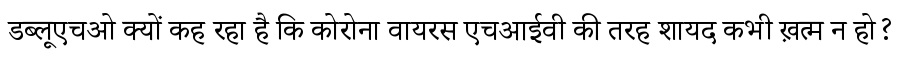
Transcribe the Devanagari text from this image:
डब्लूएचओ क्यों कह रहा है कि कोरोना वायरस एचआईवी की तरह शायद कभी ख़त्म न हो?